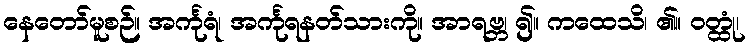
နေတော်မူစဉ်။ အင်္ကုရံ၊ အင်္ကုရနတ်သားကို။ အာရဗ္ဘ၊ ၍။ ကထေသိ၊ ၏။ ဝတ္ထုံ၊